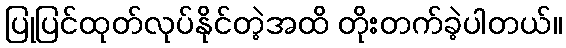
ပြုပြင်ထုတ်လုပ်နိုင်တဲ့အထိ တိုးတက်ခဲ့ပါတယ်။